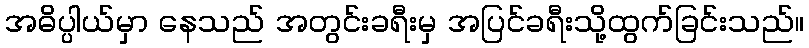
အဓိပ္ပါယ်မှာ နေသည် အတွင်းခရီးမှ အပြင်ခရီးသို့ထွက်ခြင်းသည်။